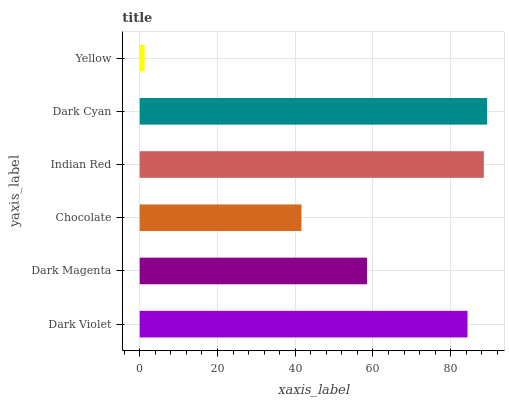
| yaxis_label | bars |
 | --- | --- |
 | Dark Violet | 84.3 |
 | Dark Magenta | 58.5 |
 | Chocolate | 41.6 |
 | Indian Red | 88.5 |
 | Dark Cyan | 89.4 |
 | Yellow | 1.25 |